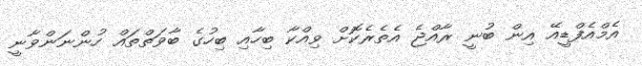
އެމްއެފްޑީއޭ އިން ބުނީ ރާއްޖެ އެތެރެކޮށް ވިއްކާ ބިހާއި ބިހުގެ ބާވަތްތައް ހުންނަންވާނީ